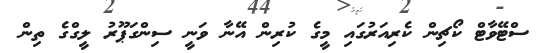
ސްޓޭވާޓް ކޯޗިން ކެރިއަރުގައި މީގެ ކުރިން އޭނާ ވަނީ ސިންގަޕޫރު ލީގްގެ ތިން